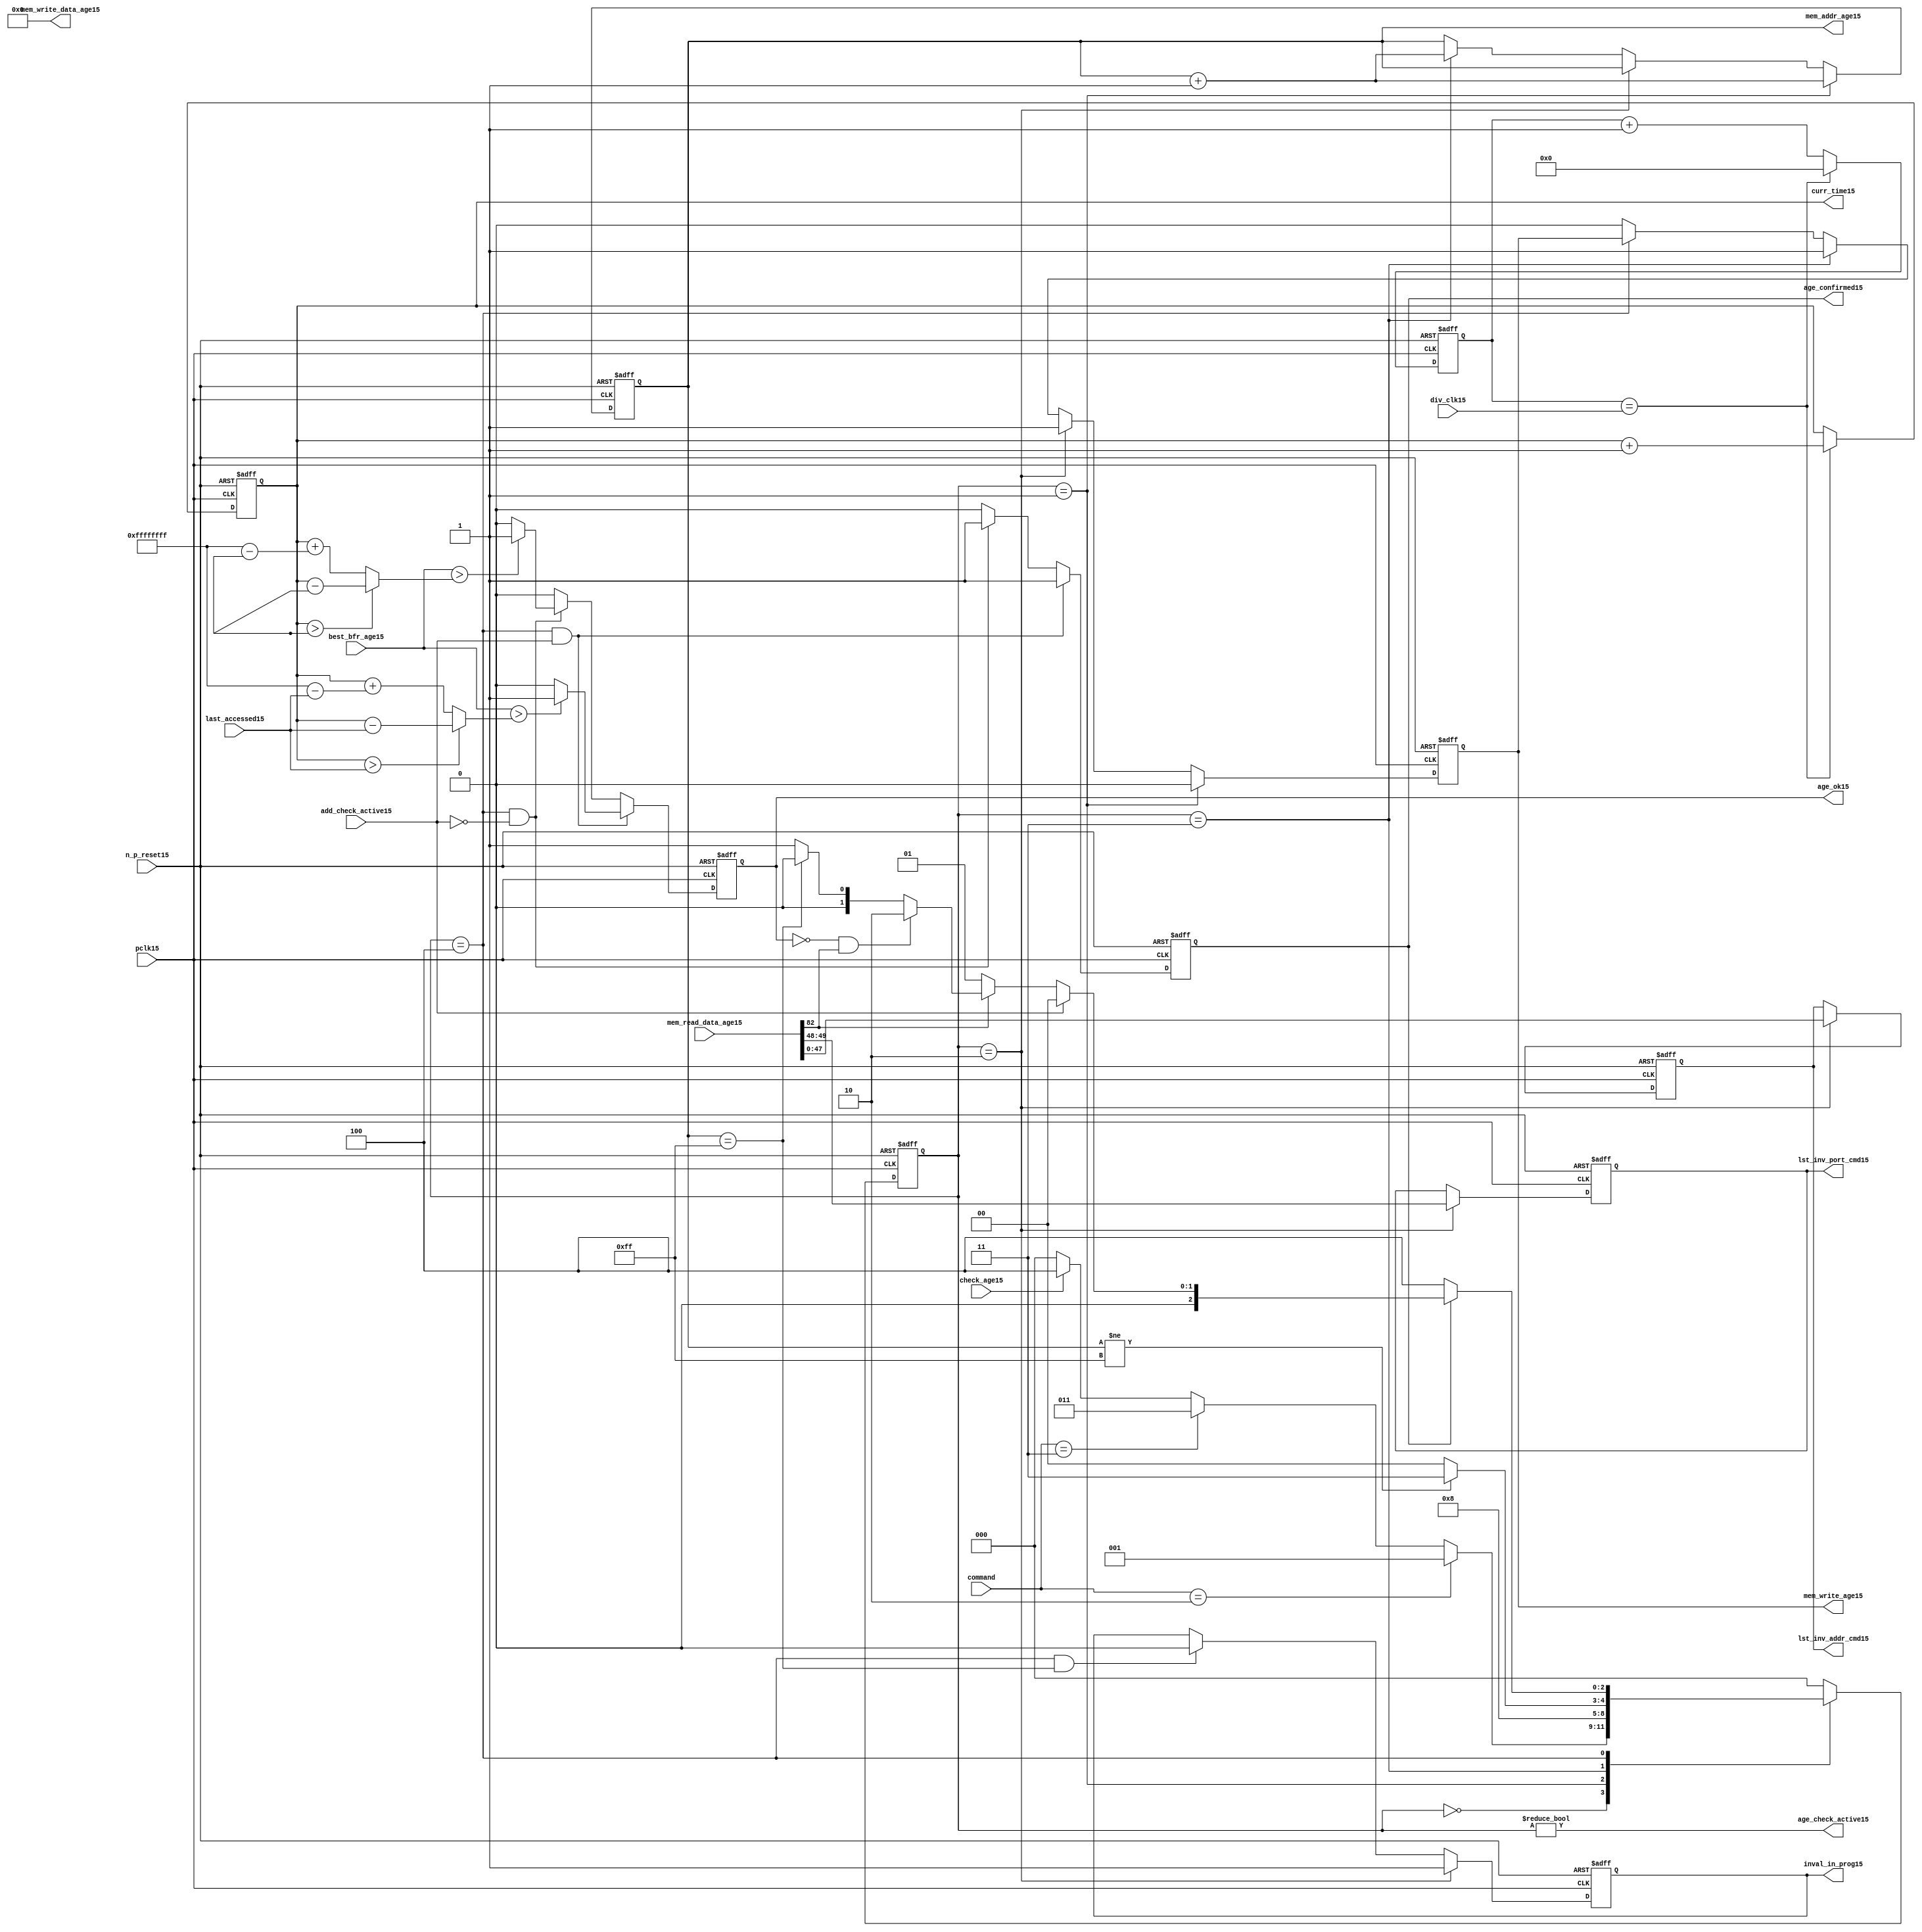
//File15 name   : alut_age_checker15.v
//Title15       : 
//Created15     : 1999
//Description15 : 
//Notes15       : 
//----------------------------------------------------------------------
//   Copyright15 1999-2010 Cadence15 Design15 Systems15, Inc15.
//   All Rights15 Reserved15 Worldwide15
//
//   Licensed15 under the Apache15 License15, Version15 2.0 (the
//   "License15"); you may not use this file except15 in
//   compliance15 with the License15.  You may obtain15 a copy of
//   the License15 at
//
//       http15://www15.apache15.org15/licenses15/LICENSE15-2.0
//
//   Unless15 required15 by applicable15 law15 or agreed15 to in
//   writing, software15 distributed15 under the License15 is
//   distributed15 on an "AS15 IS15" BASIS15, WITHOUT15 WARRANTIES15 OR15
//   CONDITIONS15 OF15 ANY15 KIND15, either15 express15 or implied15.  See
//   the License15 for the specific15 language15 governing15
//   permissions15 and limitations15 under the License15.
//----------------------------------------------------------------------

module alut_age_checker15
(   
   // Inputs15
   pclk15,
   n_p_reset15,
   command,          
   div_clk15,          
   mem_read_data_age15,
   check_age15,        
   last_accessed15, 
   best_bfr_age15,   
   add_check_active15,

   // outputs15
   curr_time15,         
   mem_addr_age15,      
   mem_write_age15,     
   mem_write_data_age15,
   lst_inv_addr_cmd15,    
   lst_inv_port_cmd15,  
   age_confirmed15,     
   age_ok15,
   inval_in_prog15,  
   age_check_active15          
);   

   input               pclk15;               // APB15 clock15                           
   input               n_p_reset15;          // Reset15                               
   input [1:0]         command;            // command bus                        
   input [7:0]         div_clk15;            // clock15 divider15 value
   input [82:0]        mem_read_data_age15;  // read data from memory             
   input               check_age15;          // request flag15 for age15 check
   input [31:0]        last_accessed15;      // time field sent15 for age15 check
   input [31:0]        best_bfr_age15;       // best15 before age15
   input               add_check_active15;   // active flag15 from address checker

   output [31:0]       curr_time15;          // current time,for storing15 in mem    
   output [7:0]        mem_addr_age15;       // address for R/W15 to memory     
   output              mem_write_age15;      // R/W15 flag15 (write = high15)            
   output [82:0]       mem_write_data_age15; // write data for memory             
   output [47:0]       lst_inv_addr_cmd15;   // last invalidated15 addr normal15 op    
   output [1:0]        lst_inv_port_cmd15;   // last invalidated15 port normal15 op    
   output              age_confirmed15;      // validates15 age_ok15 result 
   output              age_ok15;             // age15 checker result - set means15 in-date15
   output              inval_in_prog15;      // invalidation15 in progress15
   output              age_check_active15;   // bit 0 of status register           

   reg  [2:0]          age_chk_state15;      // age15 checker FSM15 current state
   reg  [2:0]          nxt_age_chk_state15;  // age15 checker FSM15 next state
   reg  [7:0]          mem_addr_age15;     
   reg                 mem_write_age15;    
   reg                 inval_in_prog15;      // invalidation15 in progress15
   reg  [7:0]          clk_div_cnt15;        // clock15 divider15 counter
   reg  [31:0]         curr_time15;          // current time,for storing15 in mem  
   reg                 age_confirmed15;      // validates15 age_ok15 result 
   reg                 age_ok15;             // age15 checker result - set means15 in-date15
   reg [47:0]          lst_inv_addr_cmd15;   // last invalidated15 addr normal15 op    
   reg [1:0]           lst_inv_port_cmd15;   // last invalidated15 port normal15 op    

   wire  [82:0]        mem_write_data_age15;
   wire  [31:0]        last_accessed_age15;  // read back time by age15 checker
   wire  [31:0]        time_since_lst_acc_age15;  // time since15 last accessed age15
   wire  [31:0]        time_since_lst_acc15; // time since15 last accessed address
   wire                age_check_active15;   // bit 0 of status register           

// Parameters15 for Address Checking15 FSM15 states15
   parameter idle15           = 3'b000;
   parameter inval_aged_rd15  = 3'b001;
   parameter inval_aged_wr15  = 3'b010;
   parameter inval_all15      = 3'b011;
   parameter age_chk15        = 3'b100;

   parameter max_addr       = 8'hff;
   parameter max_cnt15        = 32'hffff_ffff;

// -----------------------------------------------------------------------------
//   Generate15 current time counter
// -----------------------------------------------------------------------------
always @ (posedge pclk15 or negedge n_p_reset15)
   begin
   if (~n_p_reset15)
      clk_div_cnt15 <= 8'd0;
   else if (clk_div_cnt15 == div_clk15)
      clk_div_cnt15 <= 8'd0; 
   else 
      clk_div_cnt15 <= clk_div_cnt15 + 1'd1;
   end


always @ (posedge pclk15 or negedge n_p_reset15)
   begin
   if (~n_p_reset15)
      curr_time15 <= 32'd0;
   else if (clk_div_cnt15 == div_clk15)
      curr_time15 <= curr_time15 + 1'd1;
   end


// -----------------------------------------------------------------------------
//   Age15 checker State15 Machine15 
// -----------------------------------------------------------------------------
always @ (command or check_age15 or age_chk_state15 or age_confirmed15 or age_ok15 or
          mem_addr_age15 or mem_read_data_age15[82])
   begin
      case (age_chk_state15)
      
      idle15:
         if (command == 2'b10)
            nxt_age_chk_state15 = inval_aged_rd15;
         else if (command == 2'b11)
            nxt_age_chk_state15 = inval_all15;
         else if (check_age15)
            nxt_age_chk_state15 = age_chk15;
         else
            nxt_age_chk_state15 = idle15;

      inval_aged_rd15:
            nxt_age_chk_state15 = age_chk15;

      inval_aged_wr15:
            nxt_age_chk_state15 = idle15;

      inval_all15:
         if (mem_addr_age15 != max_addr)
            nxt_age_chk_state15 = inval_all15;  // move15 onto15 next address
         else
            nxt_age_chk_state15 = idle15;

      age_chk15:
         if (age_confirmed15)
            begin
            if (add_check_active15)                     // age15 check for addr chkr15
               nxt_age_chk_state15 = idle15;
            else if (~mem_read_data_age15[82])      // invalid, check next location15
               nxt_age_chk_state15 = inval_aged_rd15; 
            else if (~age_ok15 & mem_read_data_age15[82]) // out of date15, clear 
               nxt_age_chk_state15 = inval_aged_wr15;
            else if (mem_addr_age15 == max_addr)    // full check completed
               nxt_age_chk_state15 = idle15;     
            else 
               nxt_age_chk_state15 = inval_aged_rd15; // age15 ok, check next location15 
            end       
         else
            nxt_age_chk_state15 = age_chk15;

      default:
            nxt_age_chk_state15 = idle15;
      endcase
   end



always @ (posedge pclk15 or negedge n_p_reset15)
   begin
   if (~n_p_reset15)
      age_chk_state15 <= idle15;
   else
      age_chk_state15 <= nxt_age_chk_state15;
   end


// -----------------------------------------------------------------------------
//   Generate15 memory RW bus for accessing array when requested15 to invalidate15 all
//   aged15 addresses15 and all addresses15.
// -----------------------------------------------------------------------------
always @ (posedge pclk15 or negedge n_p_reset15)
   begin
   if (~n_p_reset15)
   begin
      mem_addr_age15 <= 8'd0;     
      mem_write_age15 <= 1'd0;    
   end
   else if (age_chk_state15 == inval_aged_rd15)  // invalidate15 aged15 read
   begin
      mem_addr_age15 <= mem_addr_age15 + 1'd1;     
      mem_write_age15 <= 1'd0;    
   end
   else if (age_chk_state15 == inval_aged_wr15)  // invalidate15 aged15 read
   begin
      mem_addr_age15 <= mem_addr_age15;     
      mem_write_age15 <= 1'd1;    
   end
   else if (age_chk_state15 == inval_all15)  // invalidate15 all
   begin
      mem_addr_age15 <= mem_addr_age15 + 1'd1;     
      mem_write_age15 <= 1'd1;    
   end
   else if (age_chk_state15 == age_chk15)
   begin
      mem_addr_age15 <= mem_addr_age15;     
      mem_write_age15 <= mem_write_age15;    
   end
   else 
   begin
      mem_addr_age15 <= mem_addr_age15;     
      mem_write_age15 <= 1'd0;    
   end
   end

// age15 checker will only ever15 write zero values to ALUT15 mem
assign mem_write_data_age15 = 83'd0;



// -----------------------------------------------------------------------------
//   Generate15 invalidate15 in progress15 flag15 (bit 1 of status register)
// -----------------------------------------------------------------------------
always @ (posedge pclk15 or negedge n_p_reset15)
   begin
   if (~n_p_reset15)
      inval_in_prog15 <= 1'd0;
   else if (age_chk_state15 == inval_aged_wr15) 
      inval_in_prog15 <= 1'd1;
   else if ((age_chk_state15 == age_chk15) & (mem_addr_age15 == max_addr))
      inval_in_prog15 <= 1'd0;
   else
      inval_in_prog15 <= inval_in_prog15;
   end


// -----------------------------------------------------------------------------
//   Calculate15 whether15 data is still in date15.  Need15 to work15 out the real time
//   gap15 between current time and last accessed.  If15 this gap15 is greater than
//   the best15 before age15, then15 the data is out of date15. 
// -----------------------------------------------------------------------------
assign time_since_lst_acc15 = (curr_time15 > last_accessed15) ? 
                            (curr_time15 - last_accessed15) :  // no cnt wrapping15
                            (curr_time15 + (max_cnt15 - last_accessed15));

assign time_since_lst_acc_age15 = (curr_time15 > last_accessed_age15) ? 
                                (curr_time15 - last_accessed_age15) : // no wrapping15
                                (curr_time15 + (max_cnt15 - last_accessed_age15));


always @ (posedge pclk15 or negedge n_p_reset15)
   begin
   if (~n_p_reset15)
      begin
      age_ok15 <= 1'b0;
      age_confirmed15 <= 1'b0;
      end
   else if ((age_chk_state15 == age_chk15) & add_check_active15) 
      begin                                       // age15 checking for addr chkr15
      if (best_bfr_age15 > time_since_lst_acc15)      // still in date15
         begin
         age_ok15 <= 1'b1;
         age_confirmed15 <= 1'b1;
         end
      else   // out of date15
         begin
         age_ok15 <= 1'b0;
         age_confirmed15 <= 1'b1;
         end
      end
   else if ((age_chk_state15 == age_chk15) & ~add_check_active15)
      begin                                      // age15 checking for inval15 aged15
      if (best_bfr_age15 > time_since_lst_acc_age15) // still in date15
         begin
         age_ok15 <= 1'b1;
         age_confirmed15 <= 1'b1;
         end
      else   // out of date15
         begin
         age_ok15 <= 1'b0;
         age_confirmed15 <= 1'b1;
         end
      end
   else
      begin
      age_ok15 <= 1'b0;
      age_confirmed15 <= 1'b0;
      end
   end



// -----------------------------------------------------------------------------
//   Generate15 last address and port that was cleared15 in the invalid aged15 process
// -----------------------------------------------------------------------------
always @ (posedge pclk15 or negedge n_p_reset15)
   begin
   if (~n_p_reset15)
      begin
      lst_inv_addr_cmd15 <= 48'd0;
      lst_inv_port_cmd15 <= 2'd0;
      end
   else if (age_chk_state15 == inval_aged_wr15)
      begin
      lst_inv_addr_cmd15 <= mem_read_data_age15[47:0];
      lst_inv_port_cmd15 <= mem_read_data_age15[49:48];
      end
   else 
      begin
      lst_inv_addr_cmd15 <= lst_inv_addr_cmd15;
      lst_inv_port_cmd15 <= lst_inv_port_cmd15;
      end
   end


// -----------------------------------------------------------------------------
//   Set active bit of status, decoded15 off15 age_chk_state15
// -----------------------------------------------------------------------------
assign age_check_active15 = (age_chk_state15 != 3'b000);

endmodule